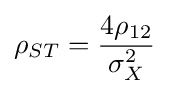
{\rho }_{ST}={\frac {4{\rho }_{12}}{{\sigma }_{X}^{2}}}